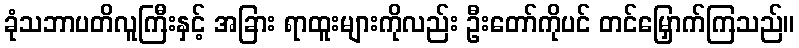
ခုံသဘာပတိလူကြီးနှင့် အခြား ရာထူးများကိုလည်း ဦးတော်ကိုပင် တင်မြှောက်ကြသည်။